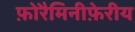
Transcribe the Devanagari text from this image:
फ़ोरैमिनीफ़ेरीय